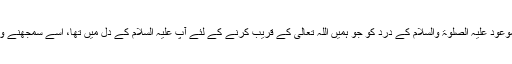
حضرت مسیح موعود علیہ الصلوۃ والسلام کے درد کو جو ہمیں اللہ تعالیٰ کے قریب کرنے کے لئے آپ علیہ السلام کے دل میں تھا، اُسے سمجھنے والا ہمیں بنا دے۔